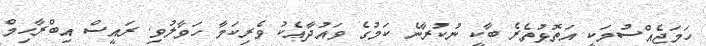
ހަމަޖެއްސުމަކީ އަތޮޅުތެރެ ބާކީ ނުކުރާނެ ކަމުގެ ވައުދާއެކު ވެރިކަމާ ހަވާލުވި